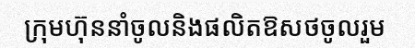
ក្រុមហ៊ុននាំចូលនិងផលិតឱសថចូលរួម